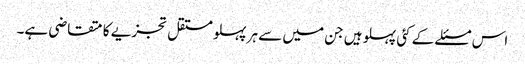
اس مسئلے کے کئی پہلو ہیں جن میں سے ہر پہلو مستقل تجزیے کا متقاضی ہے۔